Black-water fever - Number 35
Disease focus: Fever
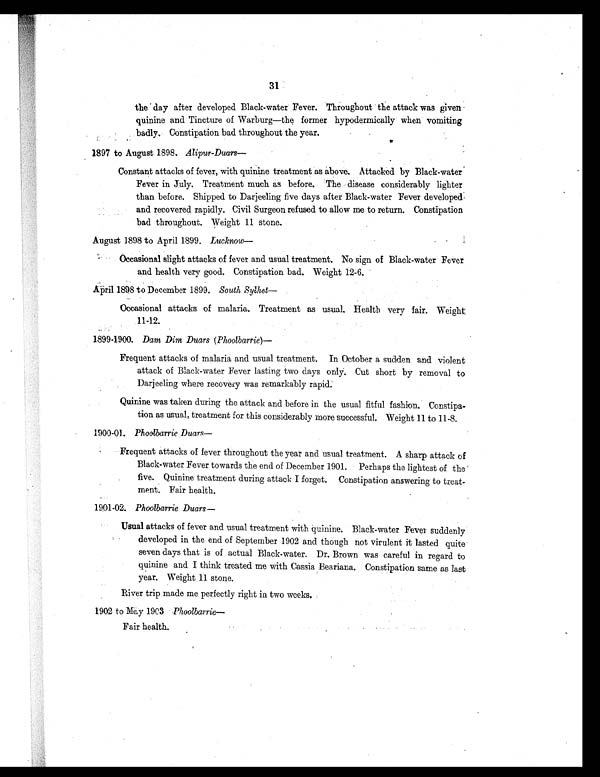
31
the day after developed Black-water Fever. Throughout the attack was given
quinine and Tincture of Warburg—the former hypodermically when vomiting
. badly. Constipation bad throughout the year.
1897 to August 1898. Alipur-Duars
—
Constant attacks of fever, with quinine treatment as above. Attacked by Black-water
Fever in July. Treatment much as before. The disease considerably lighter
than before. Shipped to Darjeeling five days after Black-water Fever developed
and recovered rapidly. Civil Surgeon refused to allow me to return. Constipation
bad throughout. Weight 11 stone.
August 1898 to April 1899. Lucknow
—
Occasional slight attacks of fever and usual treatment. No sign of Black-water Fever
and health very good. Constipation bad. Weight 12-6.
April 189,8 to December 1899. South Sylhet
—
Occasional attacks of malaria. Treatment as usual. Health very fair. Weight,
11-12.
1899-1900. Dam Dim Duars (Phoolbarrie ) —
Frequent attacks of malaria and usual treatment. In October a sudden and violent
attack of Black-water Fever lasting two days only. Cut short by removal to
Darjeeling where recovery was remarkably rapid
.
Quinine was taken during the attack and before in the usual fitful fashion. Constipa-
tion as usual, treatment for this considerably more successful. Weight 11 to 11-8.
1900-01. Phoolbarrie Duars
Frequent attacks of fever throughout the year and usual treatment. A sharp attack of
Black-water Fever towards the end of December 1901. Perhaps the lightest of the
five. Quinine treatment during attack I forget. Constipation answering to treat-
ment. Fair health.
1901-02. Phoolbarrie Duars
—
Usual attacks of fever and usual treatment with quinine. Black-water Fever suddenly
developed in the end of September 1902 and though not virulent it lasted quite
seven days that is of actual Black-water. Dr. Brown was careful in regard to
quinine and I think treated me with Cassia Beariana. Constipation same as last
year. Weight 11 stone.
River trip made me perfectly right in two weeks.
1902 to May 1903 Phoolbarrie
—
Fair health.